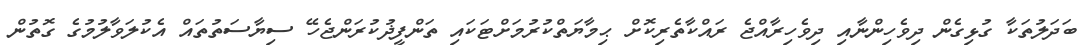
ބަދަލުތަކާ ގުޅިގެން ދިވެހިންނާއި ދިވެހިރާއްޖެ ރައްކާތެރިކޮށް ޙިމާޔަތްކުރުމަށްޓަކައި ތަންފީޛުކުރަންޖެހޭ ސިޔާސަތުތައް އެކުލަވާލުމުގެ ގޮތުން